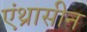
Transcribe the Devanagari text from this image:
एंथ्रासीन